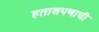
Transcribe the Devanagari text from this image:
हताशपणाची